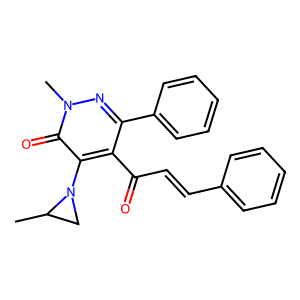
SMILES: CC1CN1c1c(C(=O)C=Cc2ccccc2)c(-c2ccccc2)nn(C)c1=O
Inhibits HIV replication: No